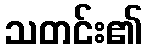
သတင်း၏